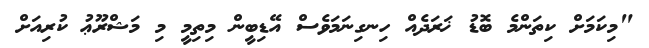
"މިކަމަށް ކިތަންމެ ބޮޑު ޚަރަދެއް ހިނގިނަމަވެސް އޭޑިބީން މިތިމީ މި މަޝްރޫޢު ކުރިއަށް